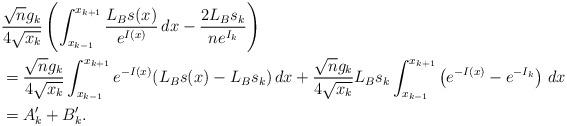
LaTeX: \begin{align*}&\frac{\sqrt{n}g_{k}}{4\sqrt{x_k}} \left( \int_{x_{k-1}}^{x_{k+1}} \frac{L_Bs(x)}{e^{I(x)}}\, dx -\frac{2L_B s_k}{ne^{I_k}}\right) \\&=\frac{\sqrt{n}g_{k}}{4\sqrt{x_k}} \int_{x_{k-1}}^{x_{k+1}}e^{-I(x)} ( L_Bs(x) -L_B s_k )\,dx +\frac{\sqrt{n}g_{k}}{4\sqrt{x_k}} L_Bs_k\int_{x_{k-1}}^{x_{k+1}} \left( e^{- I(x)} - e^{- I_k}\right)\, dx \\&=A'_k +B'_k.\end{align*}